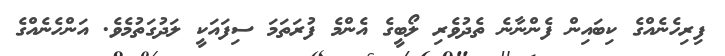
ފިރިހެނެއްގެ ކިބައިން ފެންނާނެ ތެދުވެރި ލޯބީގެ އެންމެ ފުރަތަމަ ސިފައަކީ ލަދުގަތުމެވެ. އަންހެނެއްގެ